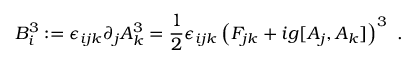
B _ { i } ^ { 3 } : = \epsilon _ { i j k } \partial _ { j } A _ { k } ^ { 3 } = \frac { 1 } { 2 } \epsilon _ { i j k } \left( F _ { j k } + i g [ A _ { j } , A _ { k } ] \right) ^ { 3 } \ .